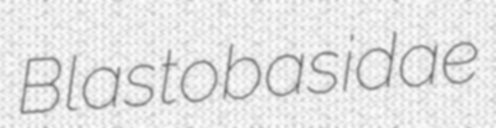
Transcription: Blastobasidae